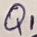
Text: Q1